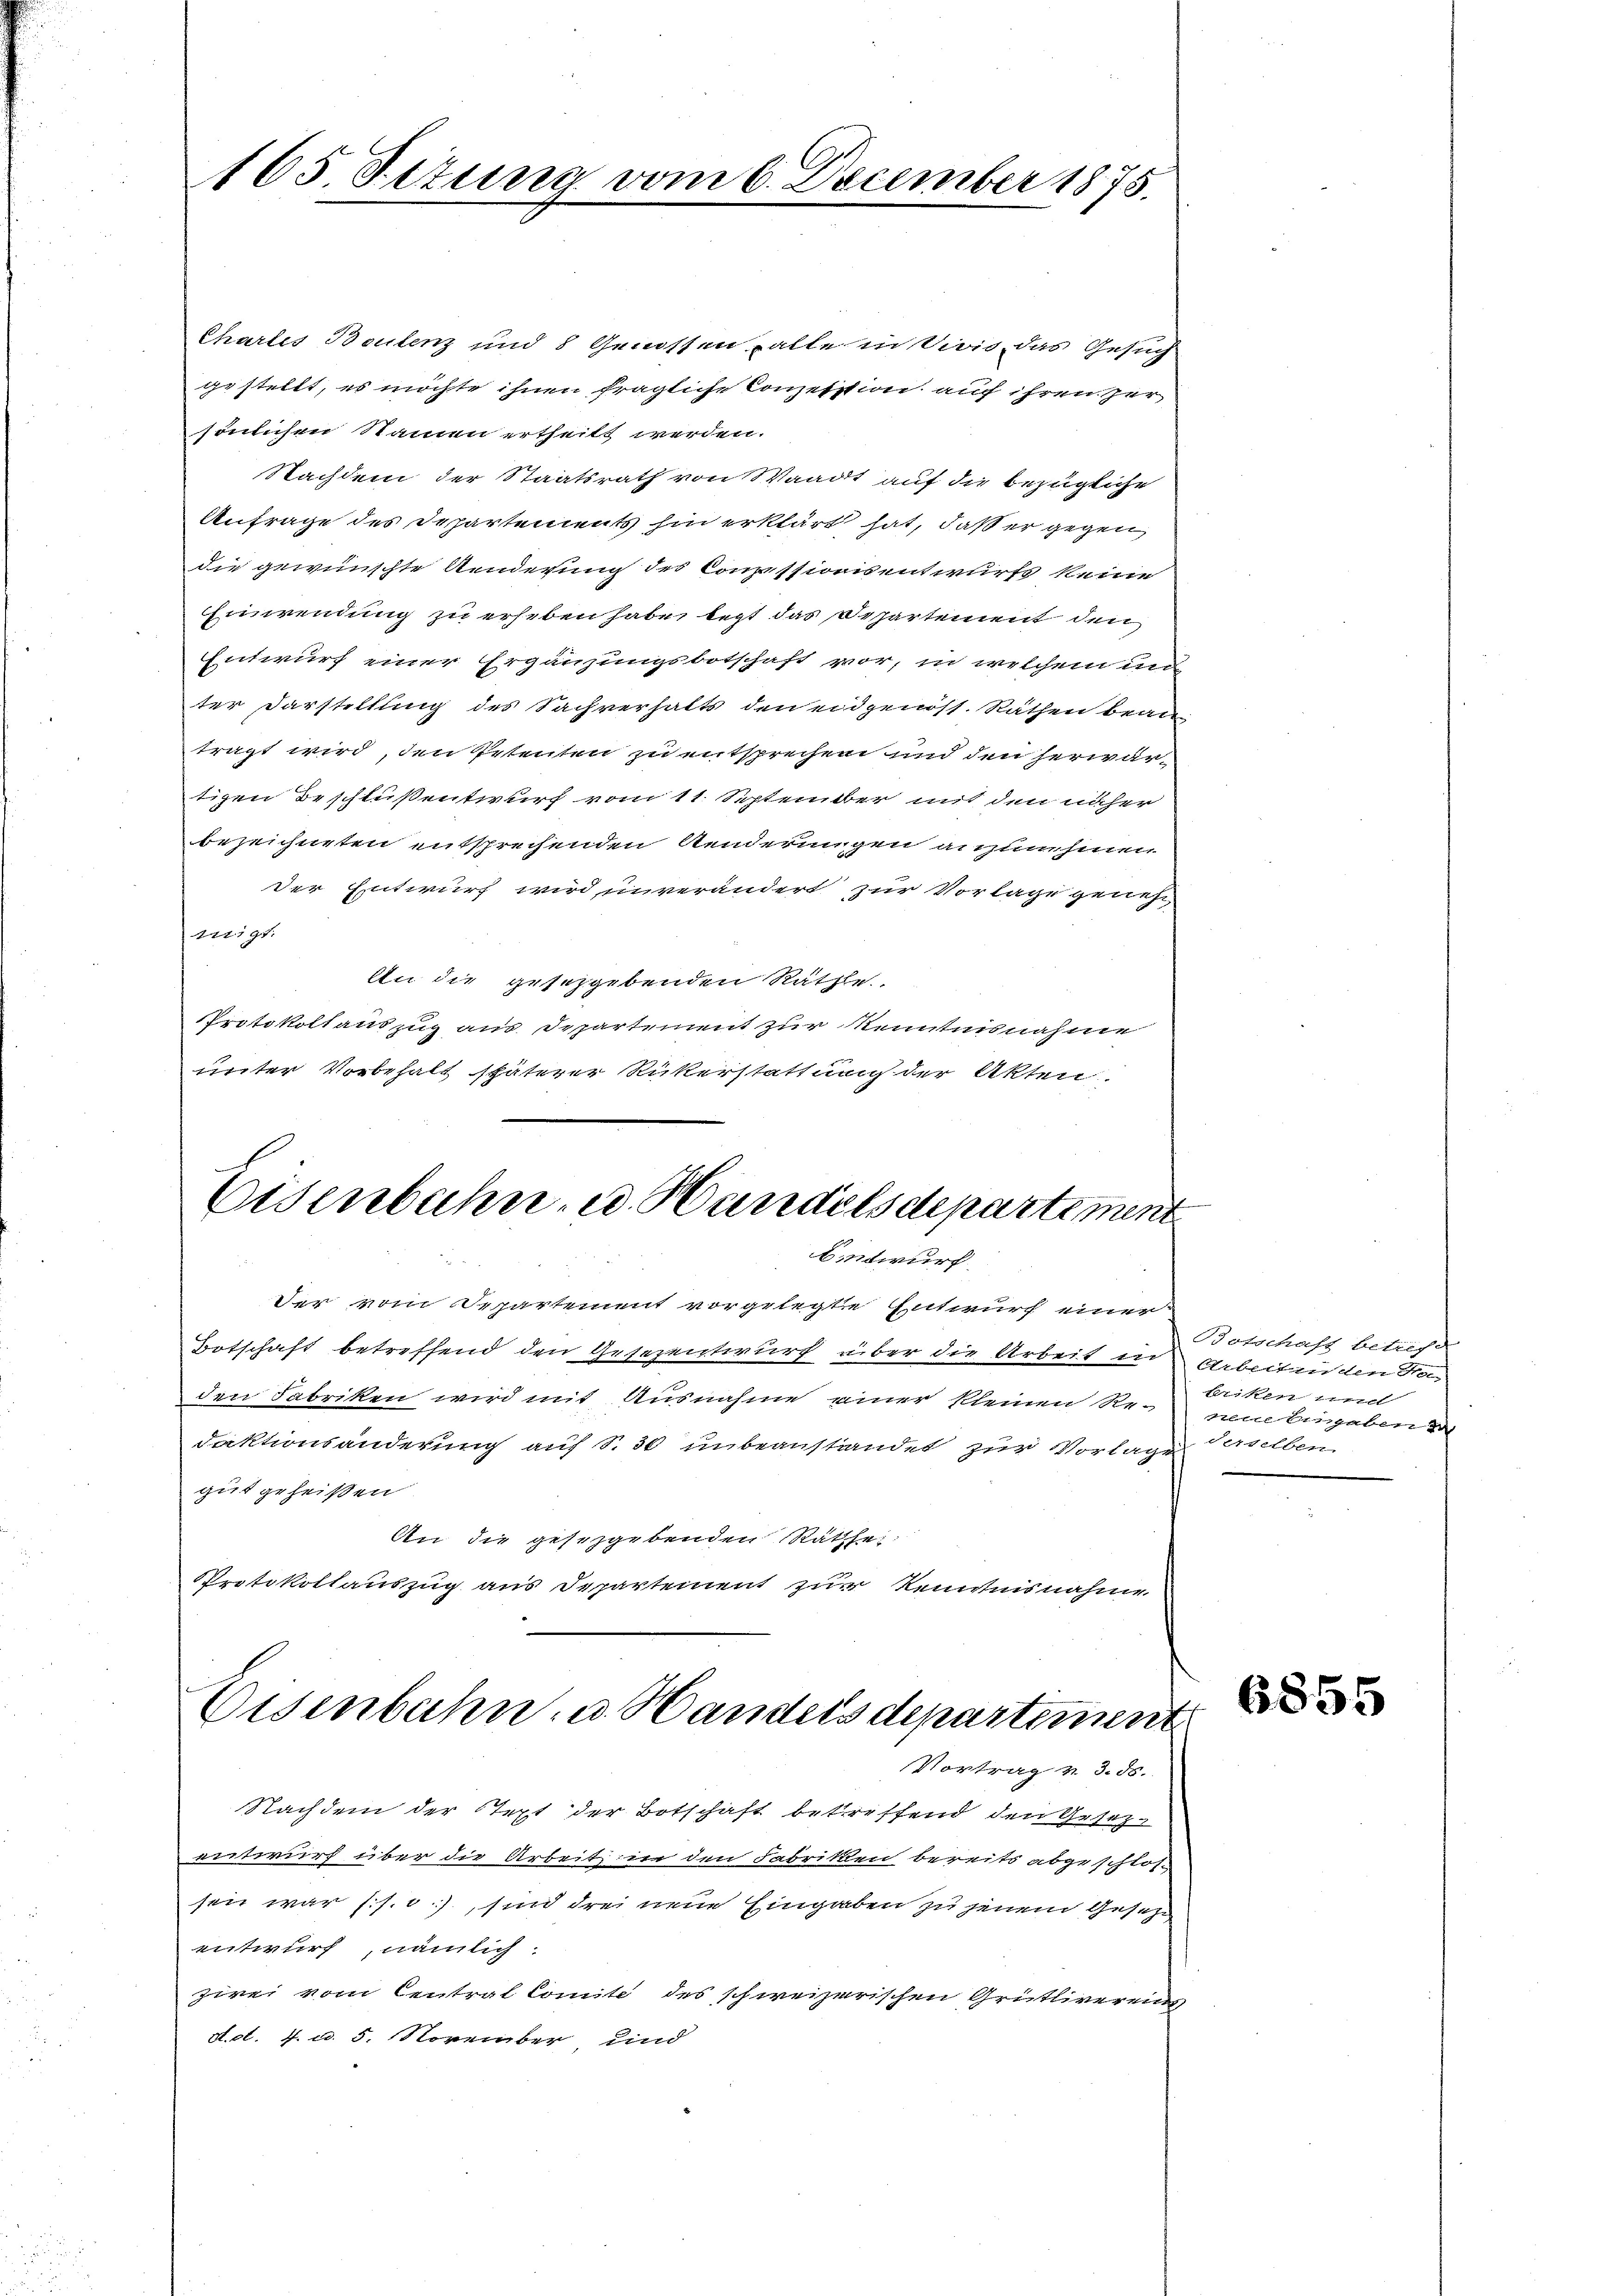
165 Sizung

om 6. December 1875.

Charlis Boulenz und 8 Genossen palle in Vivis, das Gesuch
gestellt, es möchte ihnen fragliche Konzesstion auf ihren her
sönlichen Namen ertheilt werden.
Nachdem der Staatsrath von Waadt auf die bezügliche
Anfrage des Departements hin erklärt hat, daß er gegen
die gewünschte Aenderung des Consissionsentwurfs keine
Einwendung zu erheben habe, legt das Departement den
Entwurf einer Ergänzungsbotschaft vor, in welchem un
ter Darstellung des Sachverhalts den eidgenöss. Räthen beantragt wird, den Petenten zu entsprechen und den herwärtigen Beschlußentwurf vom 11. September mit den näher
bezeichneten entsprechenden Aenderungen anzunehmen
Der Entwurf wird unverändert zur Vorlage geneheneigt.
An die gesezgebenden Räthe.
Protokollauszug aus Departement zur Kenntnisnahme
unter Vorbehalt späterer Rickerstattung der Akten.

Eisenbahn- u. Handelsdepartement
Entwurf

Botschaft betreffend den Gesezentwurf über die Arbeit in Arbeitenden von
den Fabriken wird mit Ausnahme einer kleinen Re¬ neue Eingaben d
daktionsänderung auf S. 30 unbeanstandet zur Vorlage
gut geheißen
An die gesetzgebenden Räthe:
Protokollauszug aus Departement zur Kenntnisnahme.
Nachdem der Stept der Botschaft betreffend den Gesetz-
entwurf über die Arbeit in den Fabriken bereits abgeschloss
sen war (s. o, sind drei neue Eingaben zu jenem Gesehe
entwurf, nämlich.
zwei vom Central Comité des schweizerischen Grütliverei
Act. 4. d. 5. November, und

Eisenbahn u. Handels departement
Vortrag v. 3. ds.

der vom Separtement vorgelegte Entwurf einer

Botschaft betreff
triken und
derselben

6855